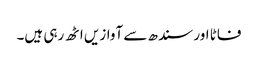
فاٹا اور سندھ سے آوازیں اٹھ رہی ہیں۔